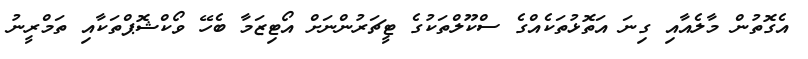
އެގޮތުން މާލެއާއި ގިނަ އަތޮޅުތަކެއްގެ ސްކޫލްތަކުގެ ޓީޗަރުންނަށް އޯޓިޒަމާ ބެހޭ ވޯކްޝޮޕްތަކާއި ތަމްރީނު